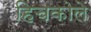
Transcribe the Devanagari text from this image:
हिचकोले